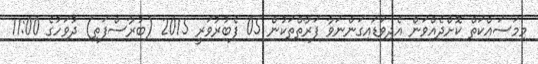
މިމަސައްކަތް ކޮށްދެއްވަން އެދިވަޑައިގަންނަވާ ފަރާތްތަކުން 05 ފެބުރުވަރީ 2015 (ބުރާސްފަތި) ދުވަހުގެ 11:00